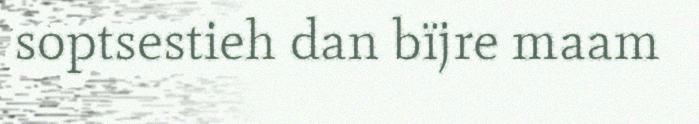
soptsestieh dan bïjre maam